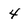
Character: 4